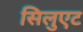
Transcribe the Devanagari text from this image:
सिलुएट